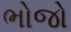
ભોજો